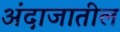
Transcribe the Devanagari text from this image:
अंदाजातील